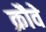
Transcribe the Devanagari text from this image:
क्रौवे